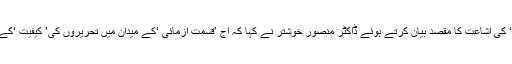
سہ ماہی دربھنگہ ٹائمز کے بعد سہ ماہی ’تحقیق‘ کی اشاعت کا مقصد بیان کرتے ہوئے ڈاکٹر منصور خوشتر نے کہا کہ آج ’قسمت آزمائی ‘کے میدان میں تحریروں کی’ کیفیت ‘کے بجائے ’کمّیت‘ کی اہمیت مسلّم ہوتی جارہی ہے۔